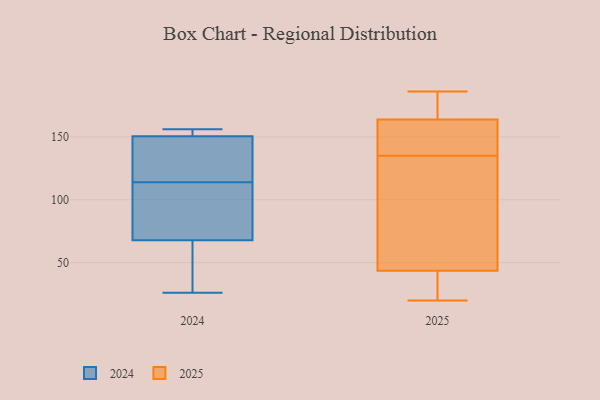
{"axis": {"x": "Budget (USD K)", "y": "Value"}, "legend": ["2024", "2025"], "data": [{"x": "", "y": 153, "type": "2025"}, {"x": "", "y": 41, "type": "2025"}, {"x": "", "y": 51, "type": "2025"}, {"x": "", "y": 164, "type": "2025"}, {"x": "", "y": 136, "type": "2025"}, {"x": "", "y": 20, "type": "2025"}, {"x": "", "y": 135, "type": "2025"}, {"x": "", "y": 118, "type": "2025"}, {"x": "", "y": 178, "type": "2025"}, {"x": "", "y": 97, "type": "2025"}, {"x": "", "y": 25, "type": "2025"}, {"x": "", "y": 173, "type": "2025"}, {"x": "", "y": 27, "type": "2025"}, {"x": "", "y": 186, "type": "2025"}, {"x": "", "y": 163, "type": "2025"}, {"x": "", "y": 104, "type": "2024"}, {"x": "", "y": 156, "type": "2024"}, {"x": "", "y": 136, "type": "2024"}, {"x": "", "y": 80, "type": "2024"}, {"x": "", "y": 118, "type": "2024"}, {"x": "", "y": 149, "type": "2024"}, {"x": "", "y": 151, "type": "2024"}, {"x": "", "y": 65, "type": "2024"}, {"x": "", "y": 76, "type": "2024"}, {"x": "", "y": 36, "type": "2024"}, {"x": "", "y": 156, "type": "2024"}, {"x": "", "y": 27, "type": "2024"}, {"x": "", "y": 153, "type": "2024"}, {"x": "", "y": 26, "type": "2024"}, {"x": "", "y": 114, "type": "2024"}]}